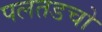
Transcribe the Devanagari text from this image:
पलतडचो